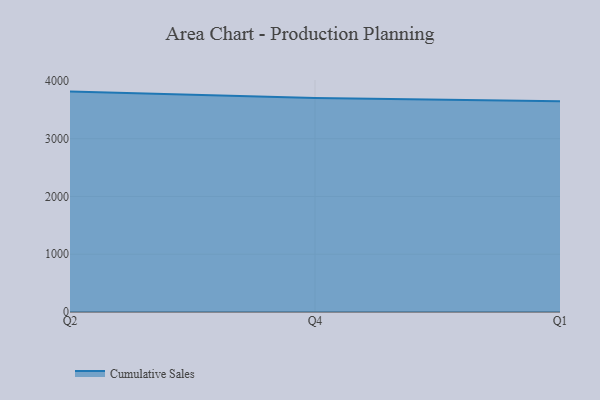
{"axis": {"x": "Quarter", "y": "Churn Rate (%)"}, "legend": ["Cumulative Sales"], "data": [{"x": "Q2", "y": 3814.4, "type": "Cumulative Sales"}, {"x": "Q4", "y": 3705.8, "type": "Cumulative Sales"}, {"x": "Q1", "y": 3646.6, "type": "Cumulative Sales"}]}